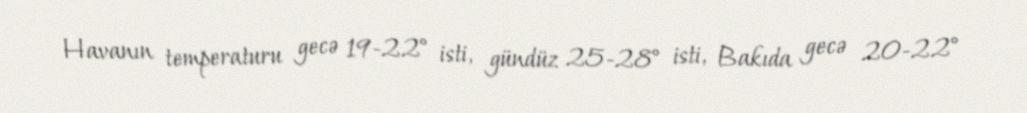
Havanın temperaturu gecə 19-22° isti, gündüz 25-28° isti, Bakıda gecə 20-22°